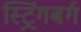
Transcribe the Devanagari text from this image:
स्ट्रिंगबर्ग